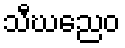
သီဃညေဝ